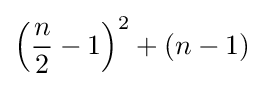
\left({\frac {n}{2}}-1\right)^{2}+\left(n-1\right)